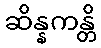
ဆိန္နကန္တိ